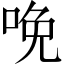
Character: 𠲶